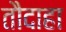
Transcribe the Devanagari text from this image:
तौदाहा